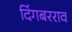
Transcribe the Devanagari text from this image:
दिंगबरराव